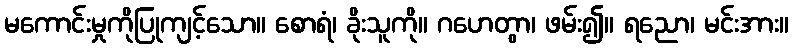
မကောင်းမှုကိုပြုကျင့်သော။ စောရံ၊ ခိုးသူကို။ ဂဟေတွာ၊ ဖမ်း၍။ ရညော၊ မင်းအား။